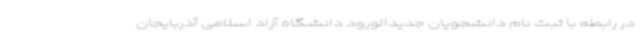
در رابطه با ثبت نام دانشجویان جدیدالورود دانشگاه آزاد اسلامی آذربایجان